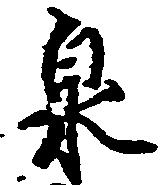
泉